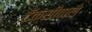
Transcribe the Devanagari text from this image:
टॅक्सीवाले